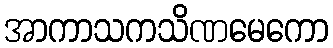
အာကာသကသိဏမေကော